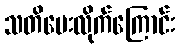
သတိပေးလိုက်ကြောင်း